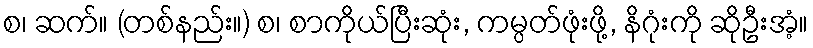
စ၊ ဆက်။ (တစ်နည်း။) စ၊ စာကိုယ်ပြီးဆုံး, ကမ္ပတ်ဖုံးဖို့, နိဂုံးကို ဆိုဦးအံ့။